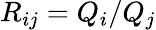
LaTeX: R_{ij}=Q_{i}/Q_{j}